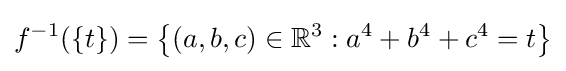
f^{-1}(\{t\})=\left\{(a,b,c)\in \mathbb {R} ^{3}:a^{4}+b^{4}+c^{4}=t\right\}